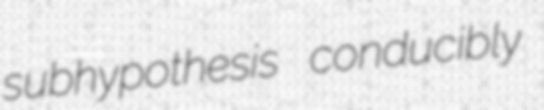
subhypothesis conducibly